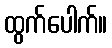
ထွက်ပေါက်။